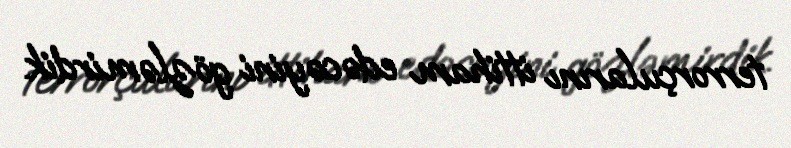
terrorçularını ittiham edəcəyini gözləmirdik.